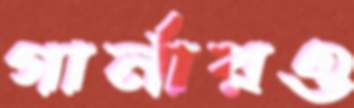
গার্নারও